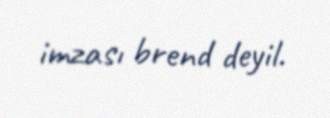
imzası brend deyil.